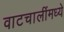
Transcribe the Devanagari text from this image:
वाटचालींमध्ये